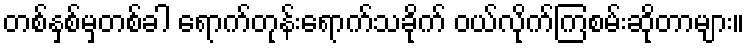
တစ်နှစ်မှတစ်ခါ ရောက်တုန်းရောက်သခိုက် ဝယ်လိုက်ကြစမ်းဆိုတာများ။